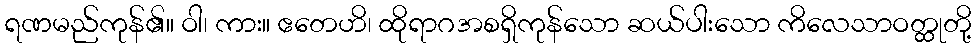
ရဏမည်ကုန်၏။ ဝါ၊ ကား။ ဧတေဟိ၊ ထိုရာဂအစရှိကုန်သော ဆယ်ပါးသော ကိလေသာဝတ္ထုတို့